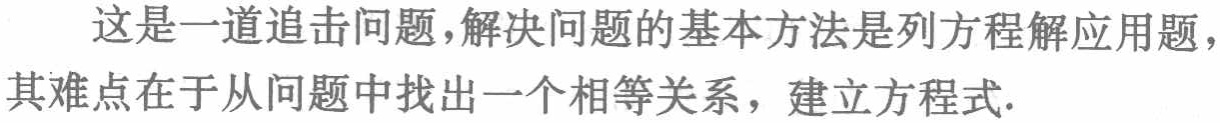
这是一道追击问题，解决问题的基本方法是列方程解应用题，其难点在于从问题中找出一个相等关系，建立方程式.